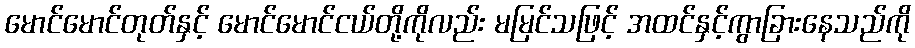
မောင်မောင်တုတ်နှင့် မောင်မောင်ငယ်တို့ကိုလည်း မမြင်သဖြင့် အထင်နှင့်ကွာခြားနေသည်ကို